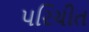
પરિચીત